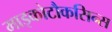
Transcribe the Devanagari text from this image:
माइकोटौकसिन्स